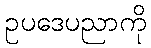
ဥပဒေပညာကို